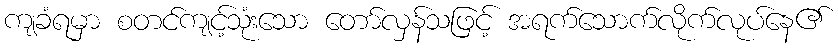
ကျခံရမှာ စတင်ကျင့်သုံးသော တော်လှန်သဖြင့် အရက်သောက်လိုက်လုပ်နေ၏